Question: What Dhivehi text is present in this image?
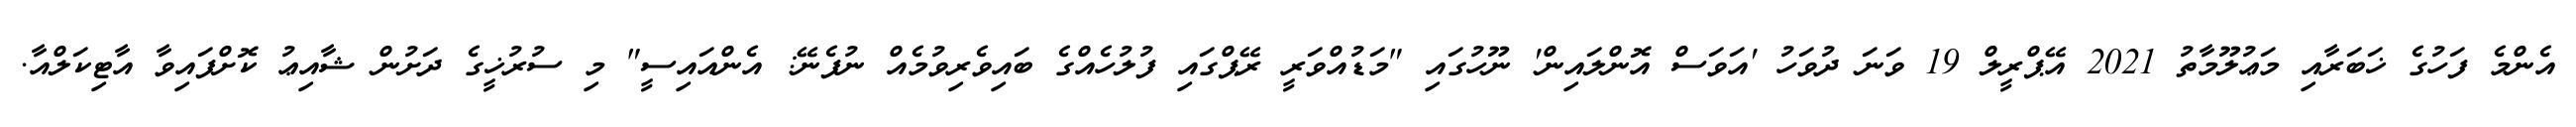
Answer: އެންމެ ފަހުގެ ޚަބަރާއި މަޢުލޫމާތު 2021 އޭޕްރީލް 19 ވަނަ ދުވަހު 'އަވަސް އޮންލައިން' ނޫހުގައި "މަޑުއްވަރީ ރޭޕްގައި ފުލުހެއްގެ ބައިވެރިވުމެއް ނުފެނޭ: އެންއައިސީ" މި ސުރުޚީގެ ދަށުން ޝާއިޢު ކޮށްފައިވާ އާޓިކަލްއާ.